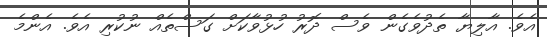
އެވެ. އާލިޔާ ތެދުވެގެން ވެސް ދޮރު ހުޅުވާކަށް ގަސްތެއް ނުކުރި އެވެ. އެންމެ